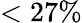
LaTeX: <27\%